Lock hospitals Punjab
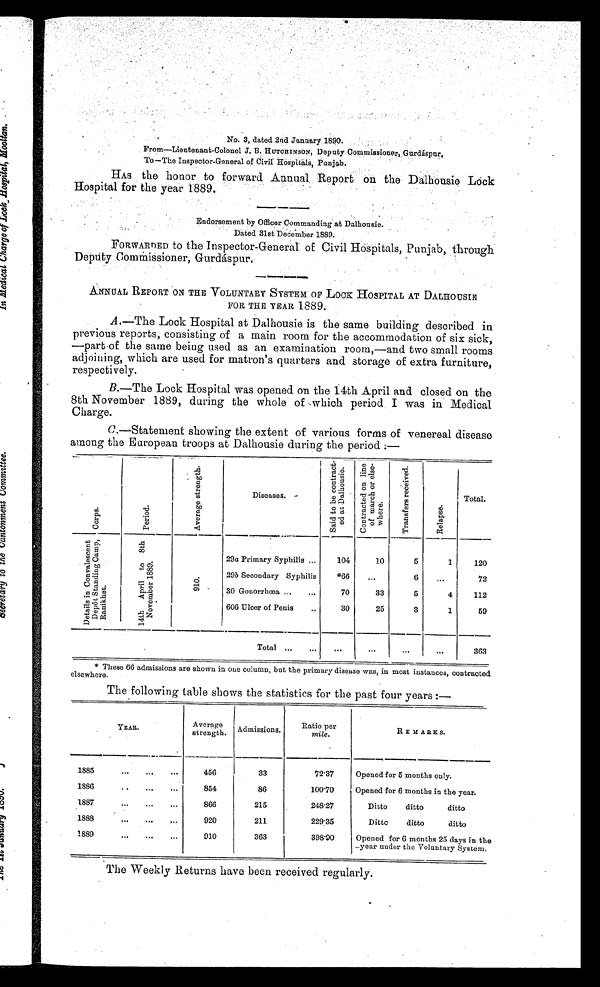
No. 3, dated 2nd January 1890.
From—Lieutenant-Colonel J. B. HUTCHINSON, Deputy Commissioner,Gurdáspur,
To—The Inspector-General of Civil Hospitals, Punjab.
HAS the honor to forward. Annual Report on the Dalhousie Lock
Hospital for the year 1889.
Endorsement by Officer Commanding at Dalhousie.
Dated 31st December 1889.
FORWARDED to the Inspector-General of Civil Hospitals, Punjab, through
Deputy Commissioner, Gurdáspur.
ANNUAL REPORT ON THE VOLUNTARY SYSTEM OF LOOK HOSPITAL AT DALHOUSIE
FOR THE YEAR 1889.
A.—The Lock Hospital at Dalhousie is the same building described in
previous reports, consisting of a main room for the accommodation of six sick,
—part of the same being used as an examination room,—and two small rooms
adjoining, which are used for matron's quarters and storage of extra furniture,
respectively.
B.—The Lock Hospital was opened on the 14th April and closed on the
8th November 1889, during the whole of which period I was in Medical
Charge.
C.—Statement showing the extent of various forms of venereal disease
among the European troops at Dalhousie during the period
C o r p s .
P e r i o d .
A v e r a g e s t r e n g t h .
Diseases.
S a i d t o b e c o n t r a c t e d a t D a l h o u s i e .
C o n t r a c t e d o n l i n e o f m a r c h o r e l e s w h e r e .
T r a n s f e r s r e c e i v e d .
R e l a p s e .
Total.
D e t a l i s i n C o n v a l e s c e n t D e p ô t S t a n d i n g C a m p R a n i k h e t .
1 4 t h A p r i l t o 8 t h N o v e m b e r 1 8 8 9 .
9 1 0 .
29a Primary Syphilis ...
104
10
5
1
120
29b Secondary Syphilis
*66
...
6
...
72
30 Gonorrhœa ...
...
70
33
5
4
112
606 Ulcer of Penis
...
30
25
3
1
59
Total ...
...
...
...
. . .
. . .
3 6 3
* These 66 admissions are shown in one column, but the primary disease was, in most instances, contracted
elsewhere.
The following table shows the statistics for the past four years :—
YEAR.
Average
strength. Admissions.
Ratio per
mile.
REMARKS.
1885
...
. . .
...
456
33
72.37
Opened for 5 months only.
1886
. . . . . .
...
854
86
100.70
Opened for 6 months in the year.
1887
. . .
. . .
. . .
866
215
248.27
Ditto
ditto
ditto
1888
...
. . .
...
920
211
229.35
Dittc
ditto
ditto
1889
. . .
. .
. . .
9 1 0
363
398.90
Opened for 6 months 25 days in the
year under the Voluntary System.
The Weekly Returns have been received regularly.